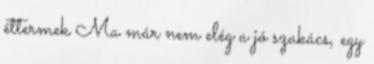
éttermek Ma már nem elég a jó szakács, egy